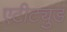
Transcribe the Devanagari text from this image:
एटीट्युड